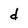
Character: d